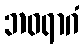
ဘဝရာဂံ